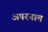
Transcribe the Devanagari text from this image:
अपरनाम